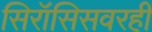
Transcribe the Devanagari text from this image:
सिरॉसिसवरही